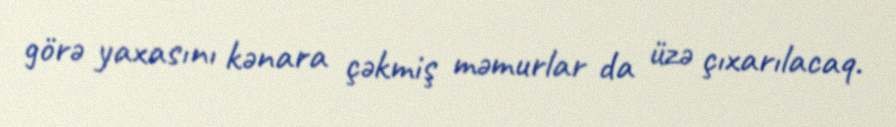
görə yaxasını kənara çəkmiş məmurlar da üzə çıxarılacaq.